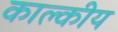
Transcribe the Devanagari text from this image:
काल्कीय